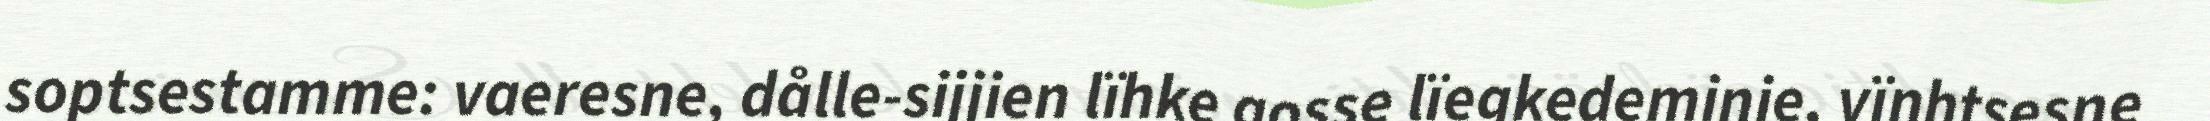
soptsestamme: vaeresne, dålle-sijjien lïhke gosse lïegkedeminie, vïnhtsesne